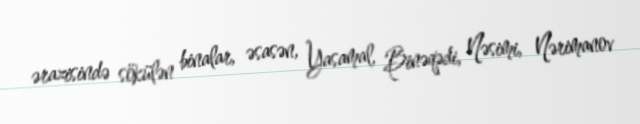
ərazisində sökülən binalar, əsasən, Yasamal, Binəqədi, Nəsimi, Nərimanov